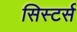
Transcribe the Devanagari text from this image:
सिस्टर्स